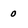
Character: 0